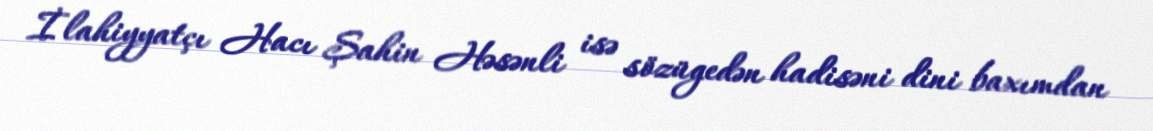
İlahiyyatçı Hacı Şahin Həsənli isə sözügedən hadisəni dini baxımdan